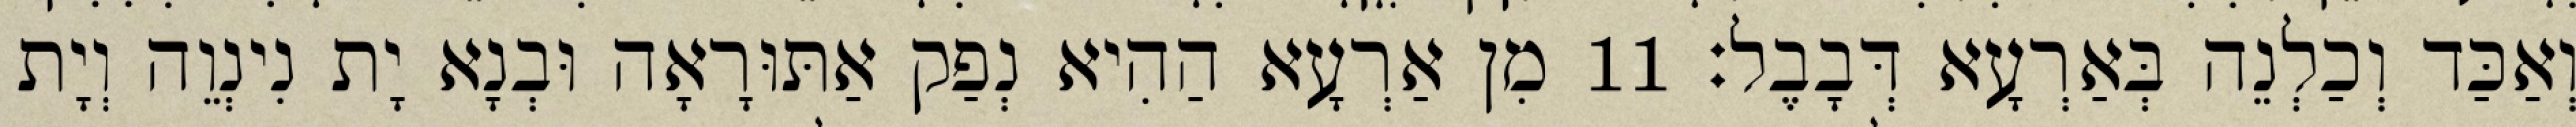
וְאַכַּד וְכַלְנֵה בְּאַרְעָא דְּבָבֶל׃ 11 מִן אַרְעָא הַהִיא נְפַק אַתּוּרָאָה וּבְנָא יָת נִינְוֵה וְיָת